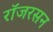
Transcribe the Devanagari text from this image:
रॉजरसन